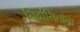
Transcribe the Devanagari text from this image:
निर्वासितांना